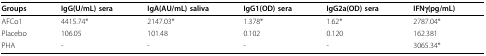
<table><thead><tr><td><b>Groups</b></td><td><b>IgG(U/mL) sera</b></td><td><b>IgA(AU/mL) saliva</b></td><td><b>IgG1(OD) sera</b></td><td><b>IgG2a(OD) sera</b></td><td><b>IFNγ(pg/mL)</b></td></tr></thead><tbody><tr><td>AFCo1</td><td>4415.74*</td><td>2147.03*</td><td>1.378*</td><td>1.62*</td><td>2787.04*</td></tr><tr><td>Placebo</td><td>106.05</td><td>101.48</td><td>0.102</td><td>0.120</td><td>162.381</td></tr><tr><td>PHA</td><td>-</td><td>-</td><td>-</td><td>-</td><td>3065.34*</td></tr></tbody></table>